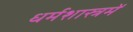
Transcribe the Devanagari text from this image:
धर्मशास्त्रमें